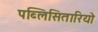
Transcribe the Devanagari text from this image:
पब्लिसितारियो